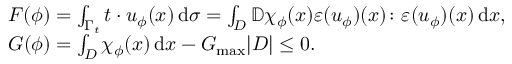
\begin{array} { r l } & { F ( \phi ) = \int _ { \Gamma _ { t } } \boldsymbol { t } \cdot \boldsymbol { u } _ { \phi } ( x ) \, \mathrm { d } \sigma = \int _ { D } \mathbb { D } \chi _ { \phi } ( x ) { \boldsymbol \varepsilon } ( { \boldsymbol u } _ { \phi } ) ( x ) \colon { \boldsymbol \varepsilon } ( { \boldsymbol u } _ { \phi } ) ( x ) \, \mathrm { d } x , } \\ & { G ( \phi ) = \int _ { D } \chi _ { \phi } ( x ) \, \mathrm { d } x - G _ { \mathrm { m a x } } | D | \le 0 . } \end{array}